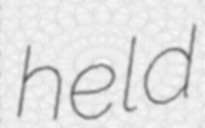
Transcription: held